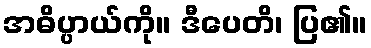
အဓိပ္ပာယ်ကို။ ဒီပေတိ၊ ပြ၏။